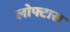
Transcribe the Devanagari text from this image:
लोफ्टास